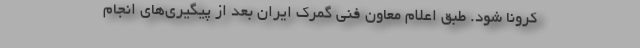
کرونا شود. طبق اعلام معاون فنی گمرک ایران بعد از پیگیری‌های انجام